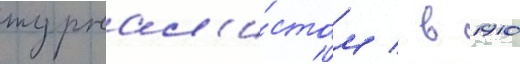
журнал'и́стом / в 1910